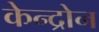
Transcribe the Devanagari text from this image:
केन्द्रोन